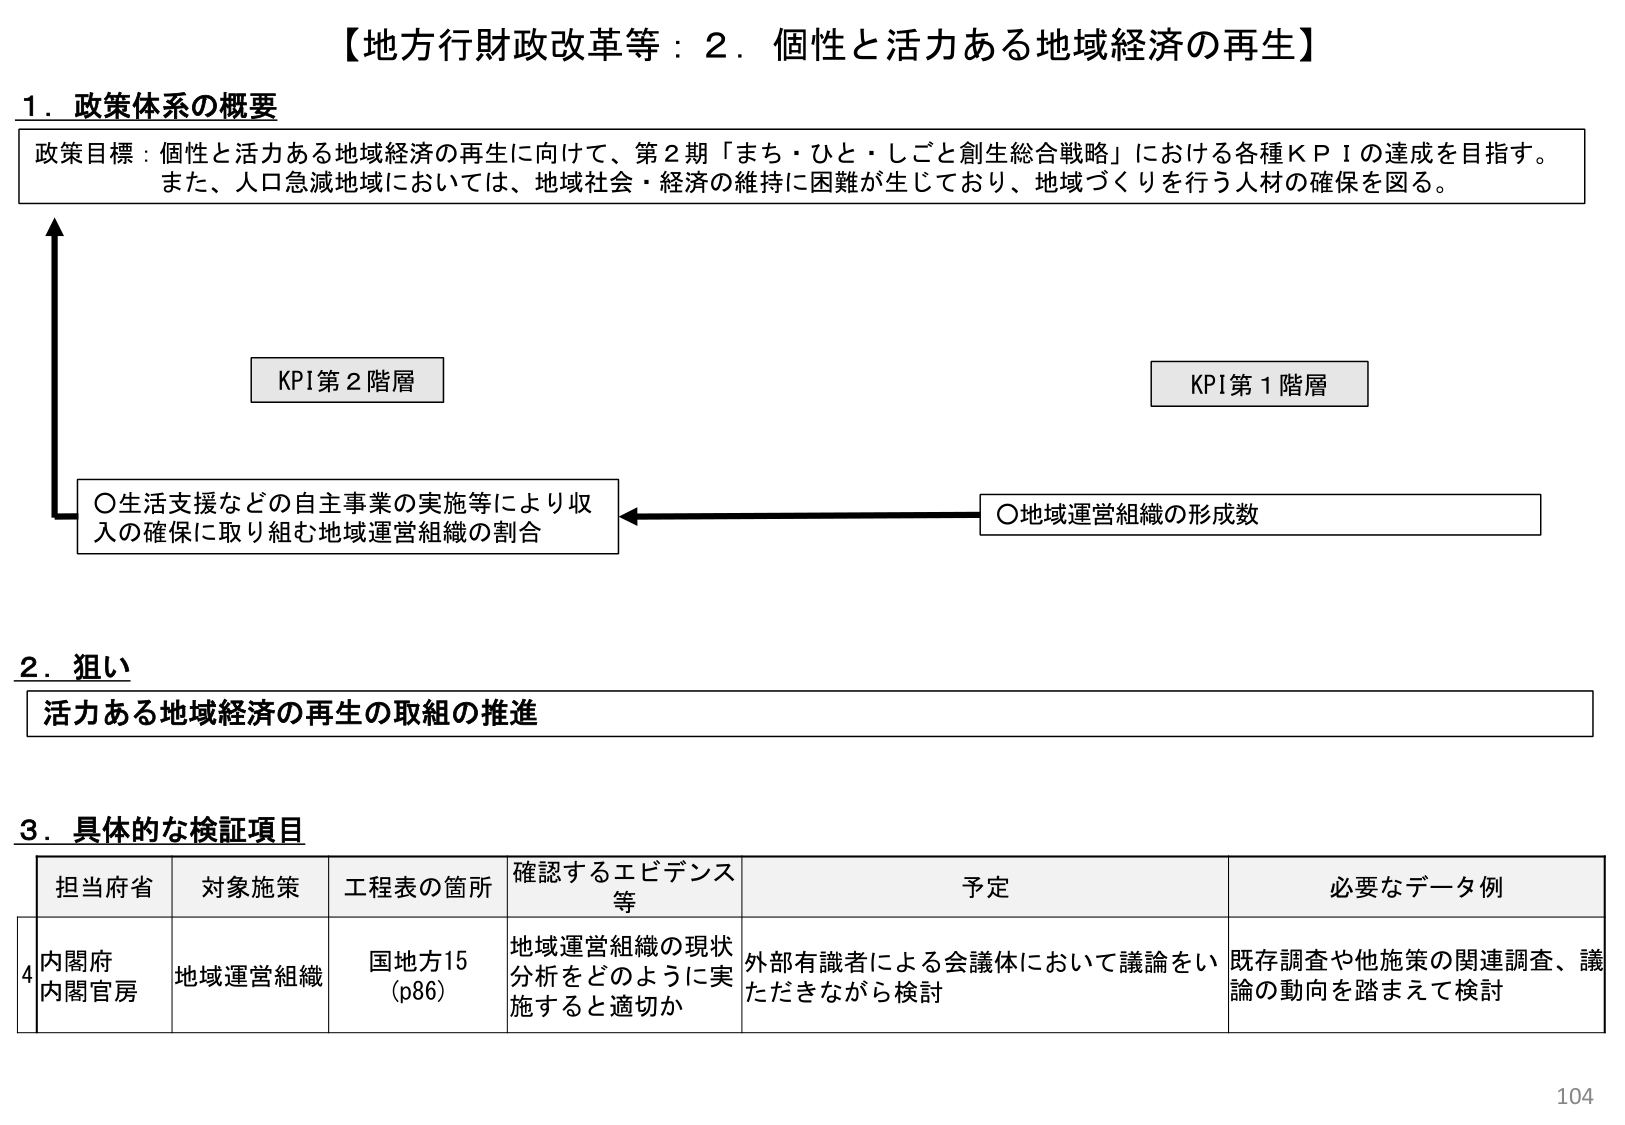
【地方行財政改革等：２．個性と活力ある地域経済の再生】

1．政策体系の概要
政策目標：個性と活力ある地域経済の再生に向けて、第２期「まち・ひと・しごと創生総合戦略」における各種ＫＰＩの達成を目指す。また、人口急減地域においては、地域社会・経済の維持に困難が生じており、地域づくりを行う人材の確保を図る。

KPI第２階層
○生活支援などの自主事業の実施等により収入の確保に取り組む地域運営組織の割合

KPI第１階層
○地域運営組織の形成数

2．狙い
活力ある地域経済の再生の取組の推進

3．具体的な検証項目
担当府省　対象施策　工程表の箇所　確認するエビデンス等　予定　必要なデータ例
4 内閣府 内閣官房　地域運営組織　国地方15（p86）　地域運営組織の現状分析をどのように実施すると適切か　外部有識者による会議体において議論をいただきながら検討　既存調査や他施策の関連調査、議論の動向を踏まえて検討

104